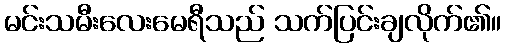
မင်းသမီးလေးမေရီသည် သက်ပြင်းချလိုက်၏။